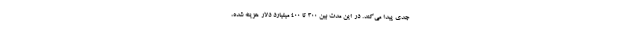
جدی پیدا می‌کند. در این مدت بین 300 تا 400 میلیارد دلار هزینه شده،